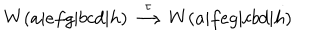
W ( a | e f g | b c d | h ) \stackrel { \tau } { \longrightarrow } W ( a | f e g | c b d | h )